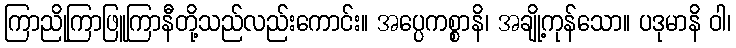
ကြာညိုကြာဖြူကြာနီတို့သည်လည်းကောင်း။ အပ္ပေကစ္စာနိ၊ အချို့ကုန်သော။ ပဒုမာနိ ဝါ၊